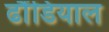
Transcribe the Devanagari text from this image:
ढौंडियाल